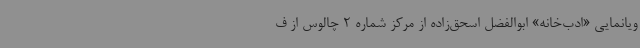
ویانمایی «ادب‌خانه» ابوالفضل اسحق‌زاده از مرکز شماره 2 چالوس از ف